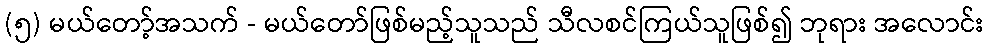
(၅) မယ်တော့်အသက် - မယ်တော်ဖြစ်မည့်သူသည် သီလစင်ကြယ်သူဖြစ်၍ ဘုရား အလောင်း